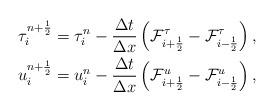
LaTeX: \begin{align*}\tau_{i}^{n+\frac{1}{2}}=\tau_{i}^{n}-\frac{\Delta t}{\Delta x}\left(\mathcal{F}_{i+\frac{1}{2}}^{\tau}-\mathcal{F}_{i-\frac{1}{2}}^{\tau}\right),\\u_{i}^{n+\frac{1}{2}}=u_{i}^{n}-\frac{\Delta t}{\Delta x}\left(\mathcal{F}_{i+\frac{1}{2}}^{u}-\mathcal{F}_{i-\frac{1}{2}}^{u}\right),\end{align*}